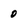
Character: 0